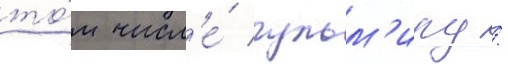
то́м числ'е́ гульм'иру /